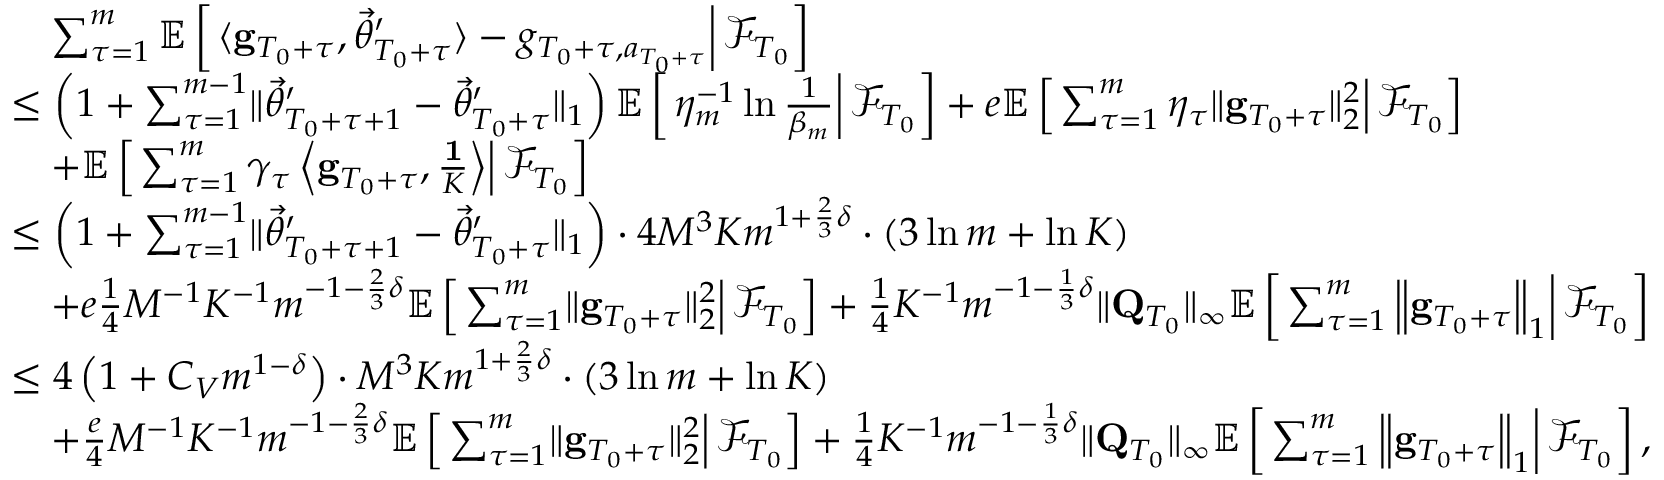
\begin{array} { r l } & { \quad \sum _ { \tau = 1 } ^ { m } \mathbb E \left[ \left. \langle \mathbf g _ { T _ { 0 } + \tau } , \vec { \theta } _ { T _ { 0 } + \tau } ^ { \prime } \rangle - g _ { T _ { 0 } + \tau , a _ { T _ { 0 } + \tau } } \right\rvert \mathcal F _ { T _ { 0 } } \right] } \\ & { \le \left( 1 + \sum _ { \tau = 1 } ^ { m - 1 } \lVert \vec { \theta } _ { T _ { 0 } + \tau + 1 } ^ { \prime } - \vec { \theta } _ { T _ { 0 } + \tau } ^ { \prime } \rVert _ { 1 } \right) \mathbb E \left[ \left. \eta _ { m } ^ { - 1 } \ln \frac 1 { \beta _ { m } } \right\rvert \mathcal F _ { T _ { 0 } } \right] + e \mathbb E \left[ \left. \sum _ { \tau = 1 } ^ { m } \eta _ { \tau } \lVert \mathbf g _ { T _ { 0 } + \tau } \rVert _ { 2 } ^ { 2 } \right\rvert \mathcal F _ { T _ { 0 } } \right] } \\ & { \quad + \mathbb E \left[ \left. \sum _ { \tau = 1 } ^ { m } \gamma _ { \tau } \left\langle \mathbf g _ { T _ { 0 } + \tau } , \frac { \mathbf 1 } { K } \right\rangle \right\vert \mathcal F _ { T _ { 0 } } \right] } \\ & { \le \left( 1 + \sum _ { \tau = 1 } ^ { m - 1 } \lVert \vec { \theta } _ { T _ { 0 } + \tau + 1 } ^ { \prime } - \vec { \theta } _ { T _ { 0 } + \tau } ^ { \prime } \rVert _ { 1 } \right) \cdot 4 M ^ { 3 } K m ^ { 1 + \frac 2 3 \delta } \cdot \left( 3 \ln m + \ln K \right) } \\ & { \quad + e \frac 1 4 M ^ { - 1 } K ^ { - 1 } m ^ { - 1 - \frac 2 3 \delta } \mathbb E \left[ \left. \sum _ { \tau = 1 } ^ { m } \lVert \mathbf g _ { T _ { 0 } + \tau } \rVert _ { 2 } ^ { 2 } \right\rvert \mathcal F _ { T _ { 0 } } \right] + \frac 1 4 K ^ { - 1 } m ^ { - 1 - \frac 1 3 \delta } \lVert \mathbf Q _ { T _ { 0 } } \rVert _ { \infty } \mathbb E \left[ \left. \sum _ { \tau = 1 } ^ { m } \left\lVert \mathbf g _ { T _ { 0 } + \tau } \right\rVert _ { 1 } \right\rvert \mathcal F _ { T _ { 0 } } \right] } \\ & { \le 4 \left( 1 + C _ { V } m ^ { 1 - \delta } \right) \cdot M ^ { 3 } K m ^ { 1 + \frac 2 3 \delta } \cdot \left( 3 \ln m + \ln K \right) } \\ & { \quad + \frac e 4 M ^ { - 1 } K ^ { - 1 } m ^ { - 1 - \frac 2 3 \delta } \mathbb E \left[ \left. \sum _ { \tau = 1 } ^ { m } \lVert \mathbf g _ { T _ { 0 } + \tau } \rVert _ { 2 } ^ { 2 } \right\rvert \mathcal F _ { T _ { 0 } } \right] + \frac 1 4 K ^ { - 1 } m ^ { - 1 - \frac 1 3 \delta } \lVert \mathbf Q _ { T _ { 0 } } \rVert _ { \infty } \mathbb E \left[ \left. \sum _ { \tau = 1 } ^ { m } \left\lVert \mathbf g _ { T _ { 0 } + \tau } \right\rVert _ { 1 } \right\rvert \mathcal F _ { T _ { 0 } } \right] , } \end{array}